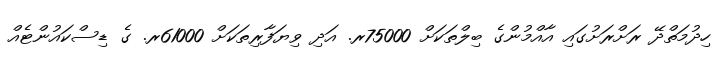
ހިދުމަތްދޭ ރަށްރަށުގައި އާއްމުންގެ ބިލްތަކަށް 75000ރ. އަދި ވިޔަފާރިތަކަށް 61000ރ. ގެ ޑިސްކައުންޓެއް